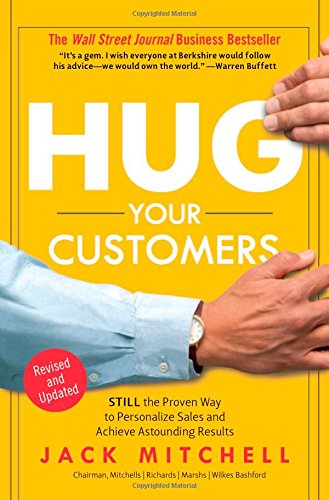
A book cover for Hug Your Customers: The Proven Way to Personalize Sales and Achieve Astounding Results; Jack Mitchell; Business & Money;